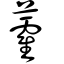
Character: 𧆑